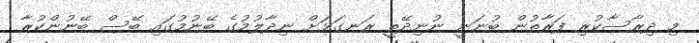
މި ދިރާސާކުރި ފަރާތުން ބުނަނީ ނުނިދޭތީ ރަނގަޅަށް ނިދާލުމުގެ ބޭނުމުގައި ބޭސް ބޭނުންކުރާ